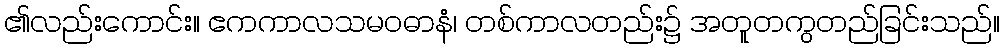
၏လည်းကောင်း။ ဧကကာလသမဝဓာနံ၊ တစ်ကာလတည်း၌ အတူတကွတည်ခြင်းသည်။